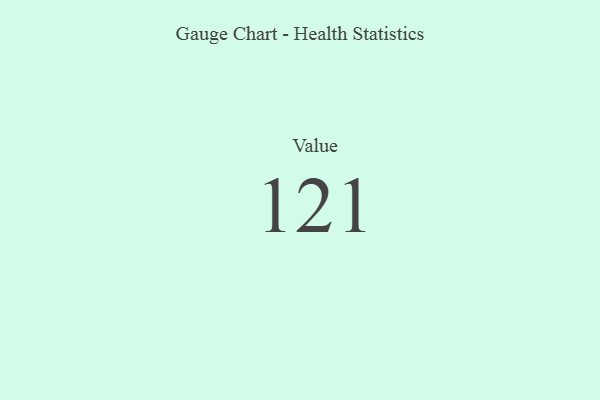
{"axis": {"x": "Metric", "y": "Value"}, "legend": [""], "data": [{"x": "Value", "y": 121, "type": ""}]}